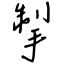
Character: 掣